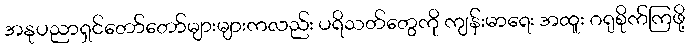
အနုပညာရှင်တော်တော်များများကလည်း ပရိသတ်တွေကို ကျန်းမာရေး အထူး ဂရုစိုက်ကြဖို့